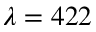
\lambda = 4 2 2